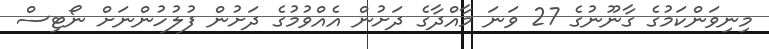
މިނިވަންކަމުގެ ގާނޫނުގެ 27 ވަނަ މާއްދާގެ ދަށުން އެއްވުމުގެ ދަށުން ފުލުހުންނަށް ނޯޓިސް